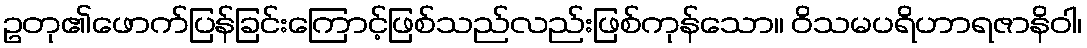
ဥတု၏ဖောက်ပြန်ခြင်းကြောင့်ဖြစ်သည်လည်းဖြစ်ကုန်သော။ ဝိသမပရိဟာရဇာနိဝါ၊